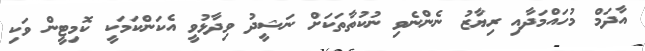
އާދަމް މުހައްމަދާއި ރިޔާޒު ނެންނެވި ނުކުތާތަކަށް ނަޝީދު ވިދާޅުވީ އެކަންކަމަކީ ކޮމިޓީން ވަކި